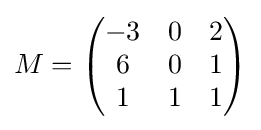
M={\begin{pmatrix}-3&0&2\\6&0&1\\1&1&1\end{pmatrix}}